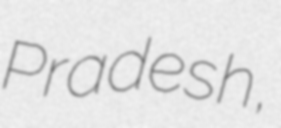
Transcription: Pradesh,